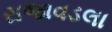
રાજાવડલા